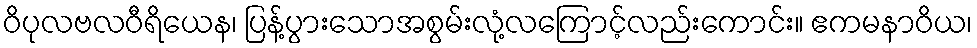
ဝိပုလဗလဝီရိယေန၊ ပြန့်ပွားသောအစွမ်းလုံ့လကြောင့်လည်းကောင်း။ ဧကမနာဝိယ၊